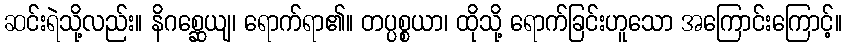
ဆင်းရဲသို့လည်း။ နိဂစ္ဆေယျ၊ ရောက်ရာ၏။ တပ္ပစ္စယာ၊ ထိုသို့ ရောက်ခြင်းဟူသော အကြောင်းကြောင့်။